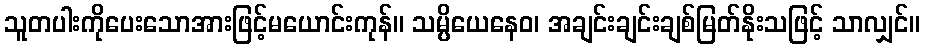
သူတပါးကိုပေးသောအားဖြင့်မယောင်းကုန်။ သမ္ပိယေနေဝ၊ အချင်းချင်းချစ်မြတ်နိုးသဖြင့် သာလျှင်။